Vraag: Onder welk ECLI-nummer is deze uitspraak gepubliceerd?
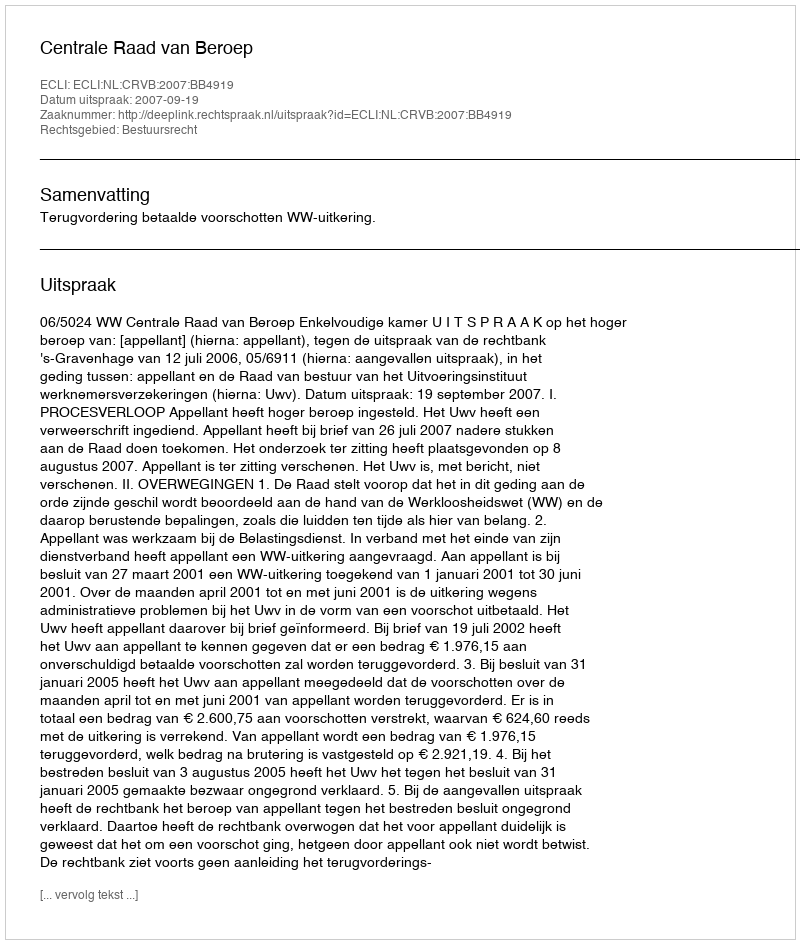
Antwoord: ECLI:NL:CRVB:2007:BB4919